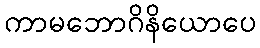
ကာမဘောဂိနိယောပေ